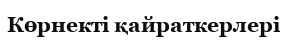
Көрнекті қайраткерлері